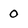
Character: 0